Leaving Certificate Examination (including Day School Certificate (Higher) General paper), 1937
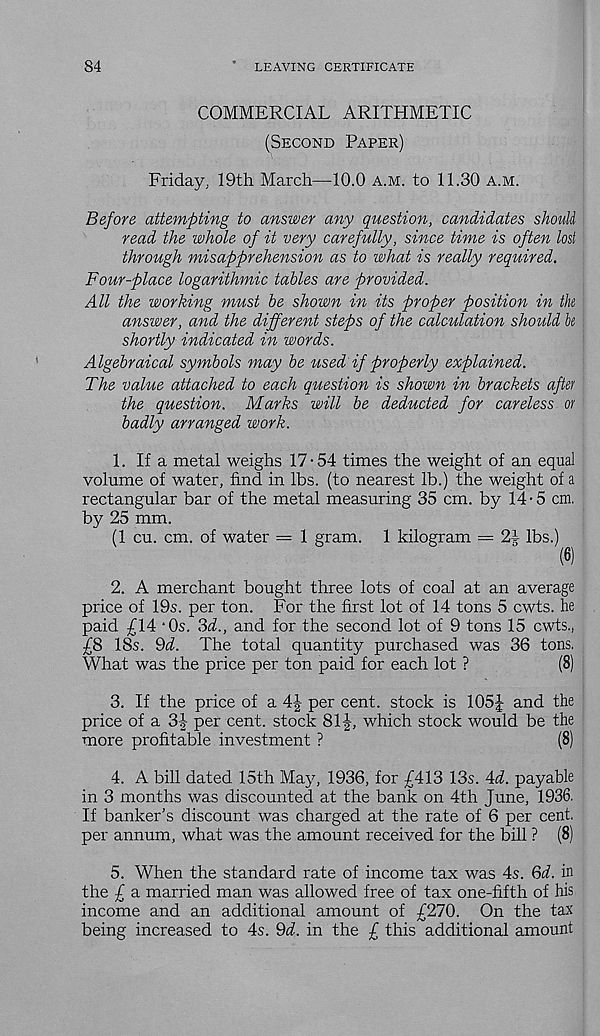
84
LEAVING CERTIFICATE
COMMERCIAL ARITHMETIC
(Second Paper)
Friday, 19th March—10.0 a.m. to 11.30 a.m.
Before attempting to answer any question, candidates should
read the whole of it very carefully, since time is often lost
through misapprehension as to what is really required.
Four-place logarithmic tables are provided.
All the working must be shown in its proper position in the
answer, and the different steps of the calculation should be
shortly indicated in words.
Algebraical symbols may be vised if properly explained.
The value attached to each question is shown in brackets after
the question. Marks will be deducted for careless or
badly arranged work.
1. If a metal weighs 17-54 times the weight of an equal
volume of water, find in lbs. (to nearest lb.) the weight of a
rectangular bar of the metal measuring 35 cm. by 14-5 cm.
by 25 mm.
(1 cu. cm. of water = 1 gram. 1 kilogram = 24 lbs.)
2. A merchant bought three lots of coal at an average
price of 19s. per ton. For the first lot of 14 tons 5 cwts. he
paid £14 ‘Os. 3d., and for the second lot of 9 tons 15 cwts.,
£8 18s. Qd. The total quantity purchased was 36 tons.
What was the price per ton paid for each lot ?
(8)
3. If the price of a 4J per cent, stock is 105J and the
price of a 3| per cent, stock 81which stock would be the
more profitable investment ?
(8)
4. A bill dated 15th May, 1936, for £413 13s. Ad. payable
in 3 months was discounted at the bank on 4th June, 1936.
If banker’s discount was charged at the rate of 6 per cent,
per annum, what was the amount received for the bill ? (8)
5. When the standard rate of income tax was 4s. 3d. in
the £ a married man was allowed free of tax one-fifth of his
income and an additional amount of £270. On the tax
being increased to 4s. 9i. in the £ this additional amount